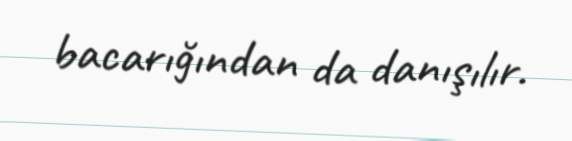
bacarığından da danışılır.